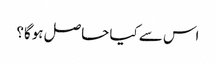
اس سے کیا حاصل ہوگا؟